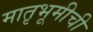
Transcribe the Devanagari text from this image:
मातृभूमीची